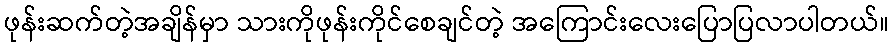
ဖုန်းဆက်တဲ့အချိန်မှာ သားကိုဖုန်းကိုင်စေချင်တဲ့ အကြောင်းလေးပြောပြလာပါတယ်။